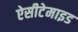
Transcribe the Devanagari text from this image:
ऐसीटेमाइड